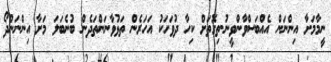
ނީމާމަށާ އިންނަން އެއްބަސްވާންވީނު.ތިގޮތަށް ކިހާ ދުވަހަކު އަހަރެން ތަޅުވާނަންތަދެން ބުނެބަލަ މަށާ އިންނަންދޯ